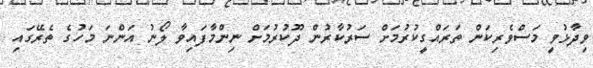
ވިދާޅުވީ މަސްވެރިކަން ތަރައްގީކުރުމަށް ސަރުކާރުން ދޫކުރުމަށް ނިންމާފައިވާ ލޯނު އަންނަ މަހުގެ ތެރޭގައި